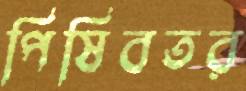
পিষিবতর